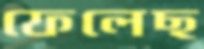
ফেলেছ